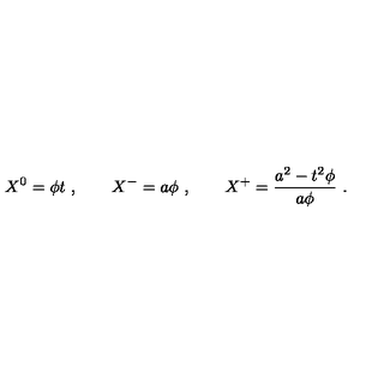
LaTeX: X ^ { 0 } = \phi t \ , \qquad X ^ { - } = a \phi \ , \qquad X ^ { + } = { \frac { a ^ { 2 } - t ^ { 2 } \phi } { a \phi } } \ .